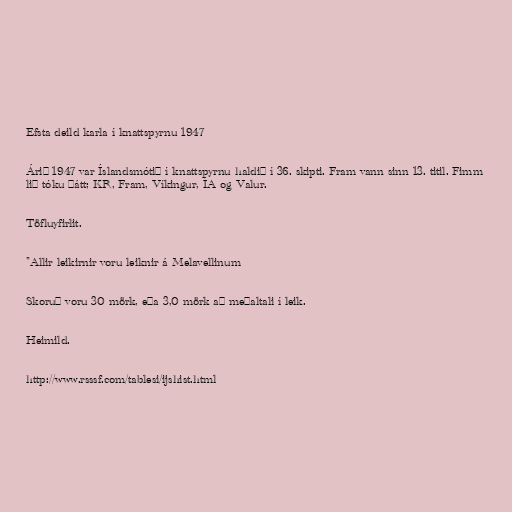
Efsta deild karla í knattspyrnu 1947

Árið 1947 var Íslandsmótið í knattspyrnu haldið í 36. skipti. Fram vann sinn 13. titil. Fimm
lið tóku þátt; KR, Fram, Víkingur, ÍA og Valur.

Töfluyfirlit.

"Allir leikirnir voru leiknir á Melavellinum

Skoruð voru 30 mörk, eða 3,0 mörk að meðaltali í leik.

Heimild.

http://www.rsssf.com/tablesi/ijshist.html